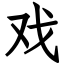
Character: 戏